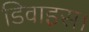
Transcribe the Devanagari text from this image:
डिवाइस।